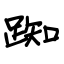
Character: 踟